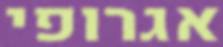
אגרופי